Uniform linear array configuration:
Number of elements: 24
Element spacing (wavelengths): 0.5
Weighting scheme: binomial
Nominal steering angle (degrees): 30
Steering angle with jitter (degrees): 30.044
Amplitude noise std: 0.05
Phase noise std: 0.05

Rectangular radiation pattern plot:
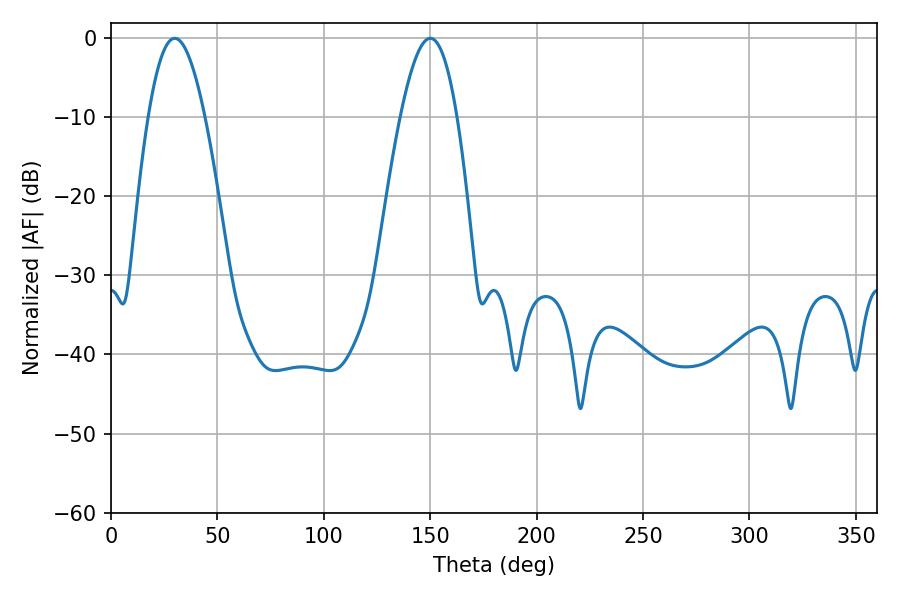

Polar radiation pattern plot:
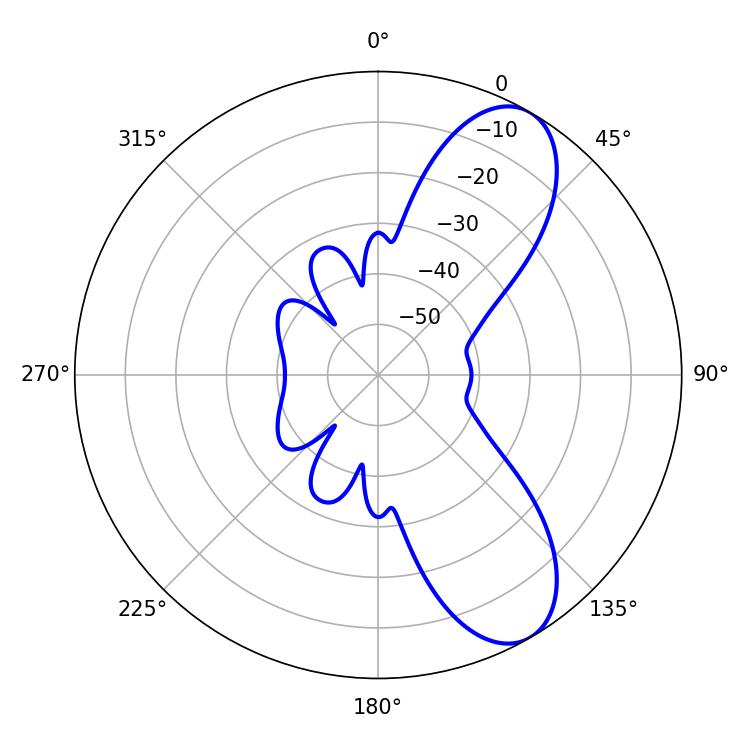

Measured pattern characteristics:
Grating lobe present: FALSE
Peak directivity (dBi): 8.619
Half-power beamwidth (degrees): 14.4
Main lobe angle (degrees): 29.88